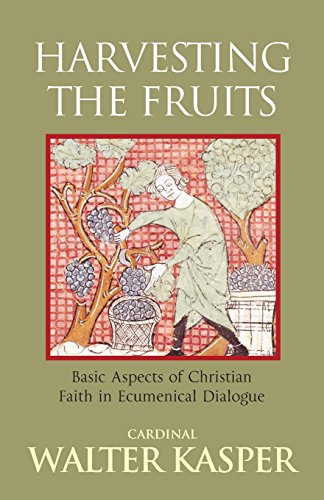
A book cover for Harvesting the Fruits: Basic Aspects of Christian Faith in Ecumenical Dialogue; Christian Books & Bibles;